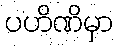
ပဟိဏိမှာ